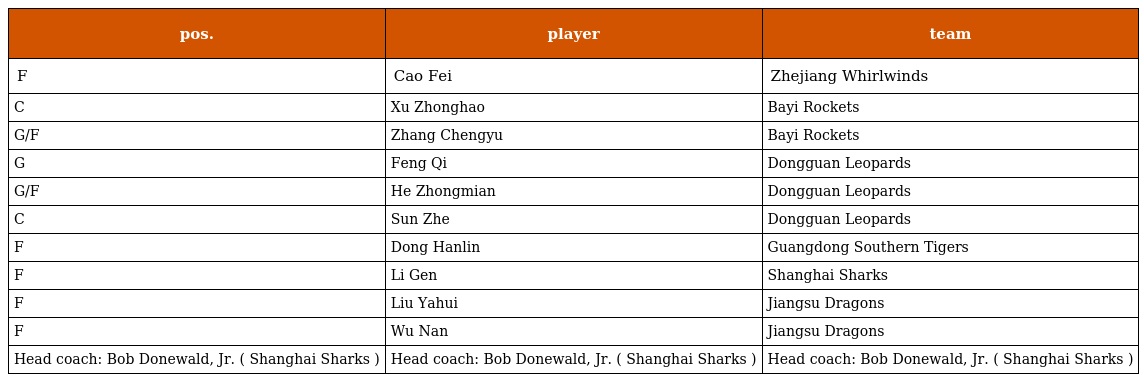
| pos. | player | team |
 | --- | --- | --- |
 | F | Cao Fei | Zhejiang Whirlwinds |
 | C | Xu Zhonghao | Bayi Rockets |
 | G/F | Zhang Chengyu | Bayi Rockets |
 | G | Feng Qi | Dongguan Leopards |
 | G/F | He Zhongmian | Dongguan Leopards |
 | C | Sun Zhe | Dongguan Leopards |
 | F | Dong Hanlin | Guangdong Southern Tigers |
 | F | Li Gen | Shanghai Sharks |
 | F | Liu Yahui | Jiangsu Dragons |
 | F | Wu Nan | Jiangsu Dragons |
 | Head coach: Bob Donewald, Jr. ( Shanghai Sharks ) | Head coach: Bob Donewald, Jr. ( Shanghai Sharks ) | Head coach: Bob Donewald, Jr. ( Shanghai Sharks ) |